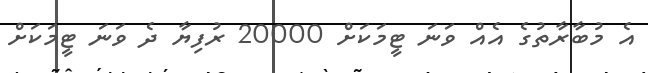
އެ މުބާރާތުގެ އެއް ވަނަ ޓީމަކަށް 20000 ރުފިޔާ ދެ ވަނަ ޓީމަކަށް